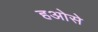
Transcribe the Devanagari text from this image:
हओसे